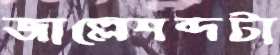
জাল্লেশব্দটা